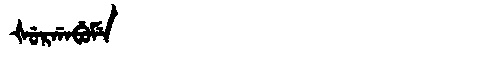
Manchu: ᡧᡠᡵᡤᠠᠪᡠᠮᡝ
Romanization: ŠURGABUME